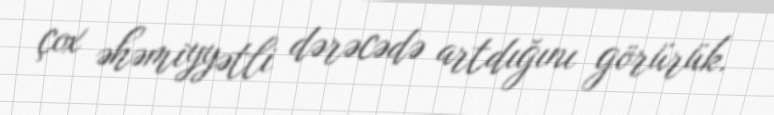
çox əhəmiyyətli dərəcədə artdığını görürük.